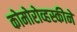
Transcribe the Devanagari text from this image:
कोमोरोव्हस्कीने